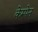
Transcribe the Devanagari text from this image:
केम्पेन